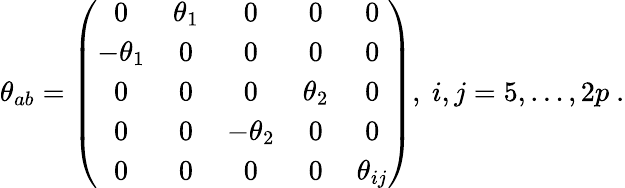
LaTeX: \theta_{ab}=\left(\begin{array}{ccccc}{{0}}&{{\theta_{1}}}&{{0}}&{{0}}&{{0}}\\ {{-\theta_{1}}}&{{0}}&{{0}}&{{0}}&{{0}}\\ {{0}}&{{0}}&{{0}}&{{\theta_{2}}}&{{0}}\\ {{0}}&{{0}}&{{-\theta_{2}}}&{{0}}&{{0}}\\ {{0}}&{{0}}&{{0}}&{{0}}&{{\theta_{ij}}}\end{array}\right),\ i,j=5,\dots,2p\ .